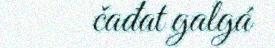
čađat galgá